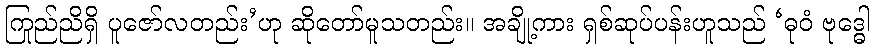
ကြည်ညိုရှိ ပူဇော်လတည်း’ဟု ဆိုတော်မူသတည်း။ အချို့ကား ရှစ်ဆုပ်ပန်းဟူသည် ‘ဓုဝံ ဗုဒ္ဓေါ